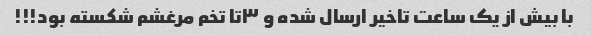
با بیش از یک ساعت تاخیر ارسال شده و ۳تا تخم مرغشم شکسته بود!!!